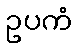
ဥပကံ